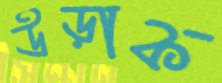
উড়াক